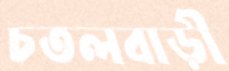
চতলবাড়ী